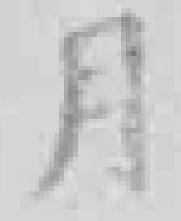
月